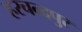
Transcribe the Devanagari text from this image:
हरचन्‍दपुर